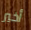
أخير